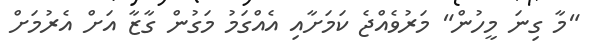
"މާ ގިނަ މީހުން" މަރުވެއްޖެ ކަމަށާއި އެއްގަމު މަގުން ގާޒާ އަށް އެރުމަށް